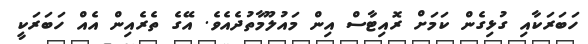
ހަބަރަކާއި ގުޅިގެން ކަމަށް ރޮއިޓާސް އިން މައުލޫމާތުދެއެވެ. އޭގެ ތެރެއިން އެއް ހަބަރަކީ